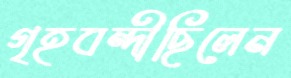
গৃহবন্দীছিলেন